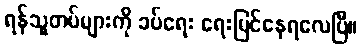
ရန်သူတပ်များကို ခပ်ရေး ရေးမြင်နေရလေပြီ။